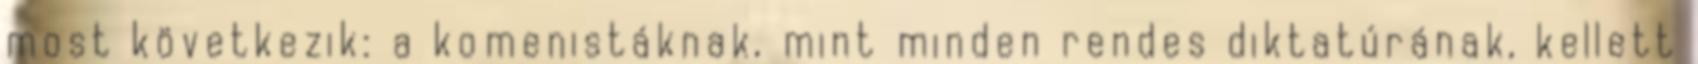
most következik: a komenistáknak, mint minden rendes diktatúrának, kellett